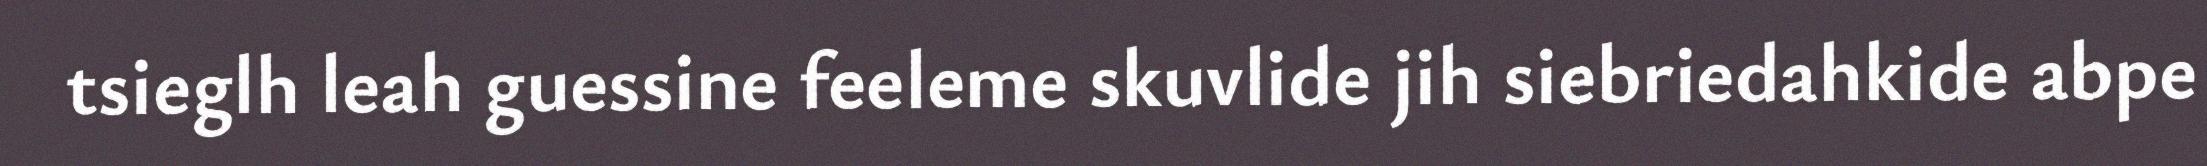
tsieglh leah guessine feeleme skuvlide jih siebriedahkide abpe